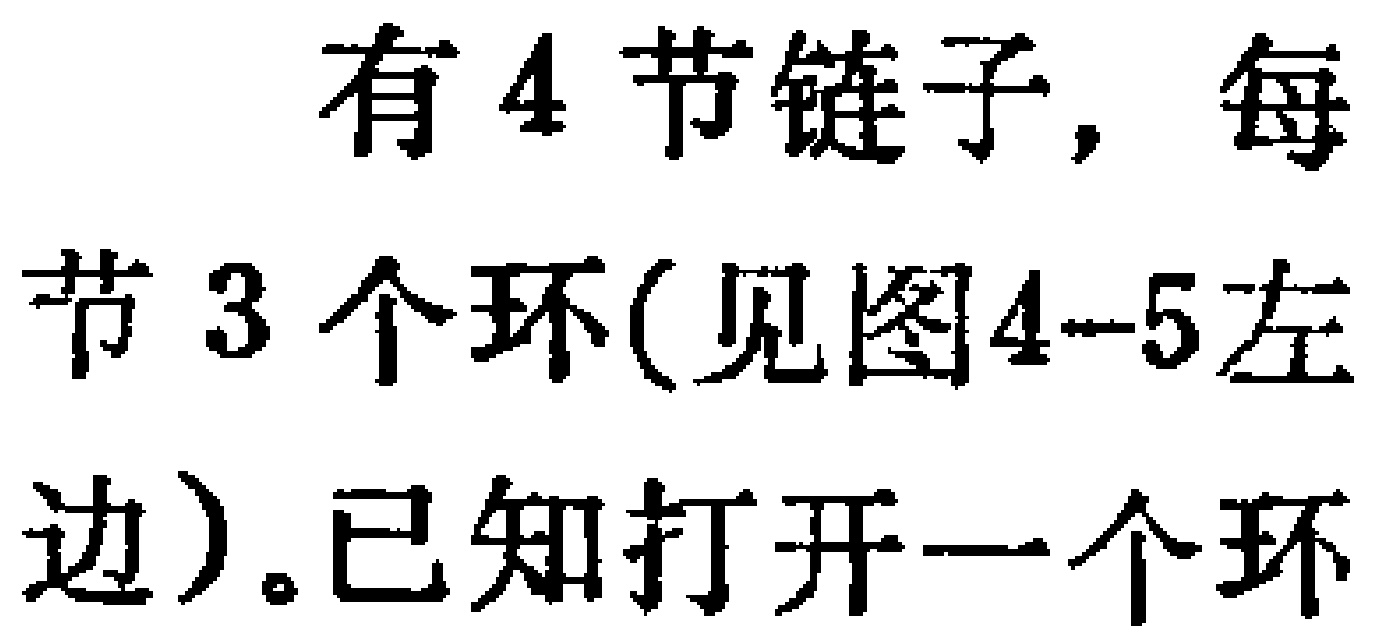
有4节链子, 每节3个环(见图4-5左边)。已知打开一个环